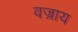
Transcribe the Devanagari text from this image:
वज्राय